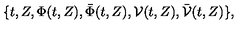
\{ t , Z , \Phi ( t , Z ) , \bar { \Phi } ( t , Z ) , { \cal V } ( t , Z ) , \bar { { \cal V } } ( t , Z ) \} ,